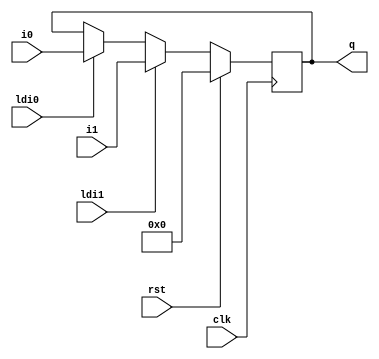
`timescale 1ns / 1ps
//////////////////////////////////////////////////////////////////////////////////
// Company: 
// Engineer: 
// 
// Design Name: 
// Module Name:    reg3 
// Project Name: 
// Target Devices: 
// Tool versions: 
// Description: 
//
// Dependencies: 
//
// Revision: 
// Revision 0.01 - File Created
// Additional Comments: 
//
//////////////////////////////////////////////////////////////////////////////////
module reg3 #(parameter N=8)(
    input [N-1:0] i0,
    input [N-1:0] i1,
    input ldi0,
    input ldi1,
    output [N-1:0] q,
    input rst,
    input clk
    );

reg [N-1:0] outreg;

always @(posedge clk)
    if(rst)
        outreg <= 0;
    else if(ldi1)
        outreg <= i1;
    else if(ldi0)
        outreg <= i0;
    else;
	 
	 
assign q = outreg;
endmodule